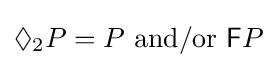
\Diamond _{2}P=P{\text{ and}}{/}{\text{or }}{\mathsf {F}}P